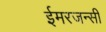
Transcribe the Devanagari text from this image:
ईमरजन्सी